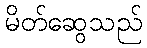
မိတ်ဆွေသည်